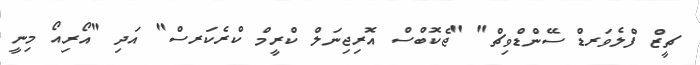
ޗީޒް ފްލެވަރޑް ސޭންޑްވިޗް" "ޖެކޮބްސް އޮރިޖިނަލް ކްރީމް ކްރެކަރސް" އަދި "އޯރިއޯ މިނީ